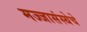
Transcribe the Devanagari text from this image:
मज्जासंस्थेचे